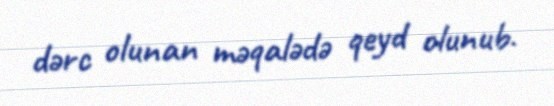
dərc olunan məqalədə qeyd olunub.